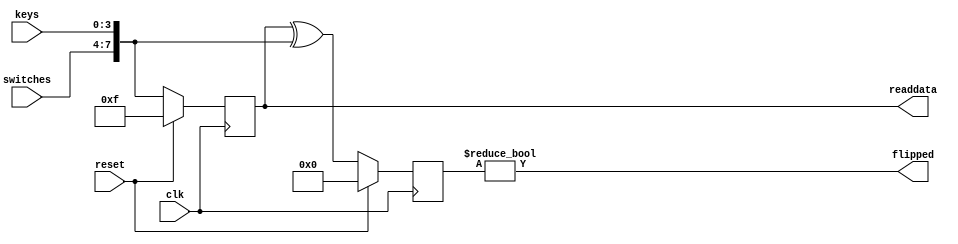
module switch_key_ctrl (
    input clk,
    input reset,

    input [3:0] keys,
    input [3:0] switches,
    output flipped,

    output [7:0] readdata
);

wire [7:0] switch_key = {switches, keys};
reg  [7:0] switch_key_reg;
reg  [7:0] switch_key_flipped;

assign readdata = switch_key_reg;

assign flipped = (switch_key_flipped != 8'd0);

always @(posedge clk) begin
    if (reset) begin
        switch_key_reg <= 8'h0f;
        switch_key_flipped <= 8'd0;
    end else begin
        switch_key_reg <= switch_key;
        switch_key_flipped <= switch_key_reg ^ switch_key;
    end
end

endmodule